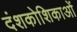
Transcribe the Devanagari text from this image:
दंशकोशिकाओं